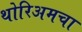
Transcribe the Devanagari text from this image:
थोरिअमचा